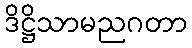
ဒိဋ္ဌိသာမညဂတာ